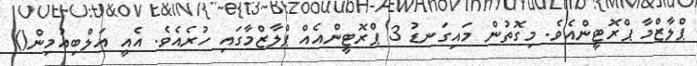
ޕްލާޒްމާ ޕްރޮޓީންއެވެ. މިގޮތުން މައިގަނޑު 3 ޕްރޮޓީންއެއް ޕްލާޒްމާގައި ހުރެއެވެ. އެއީ އަލްބިއުމިން()